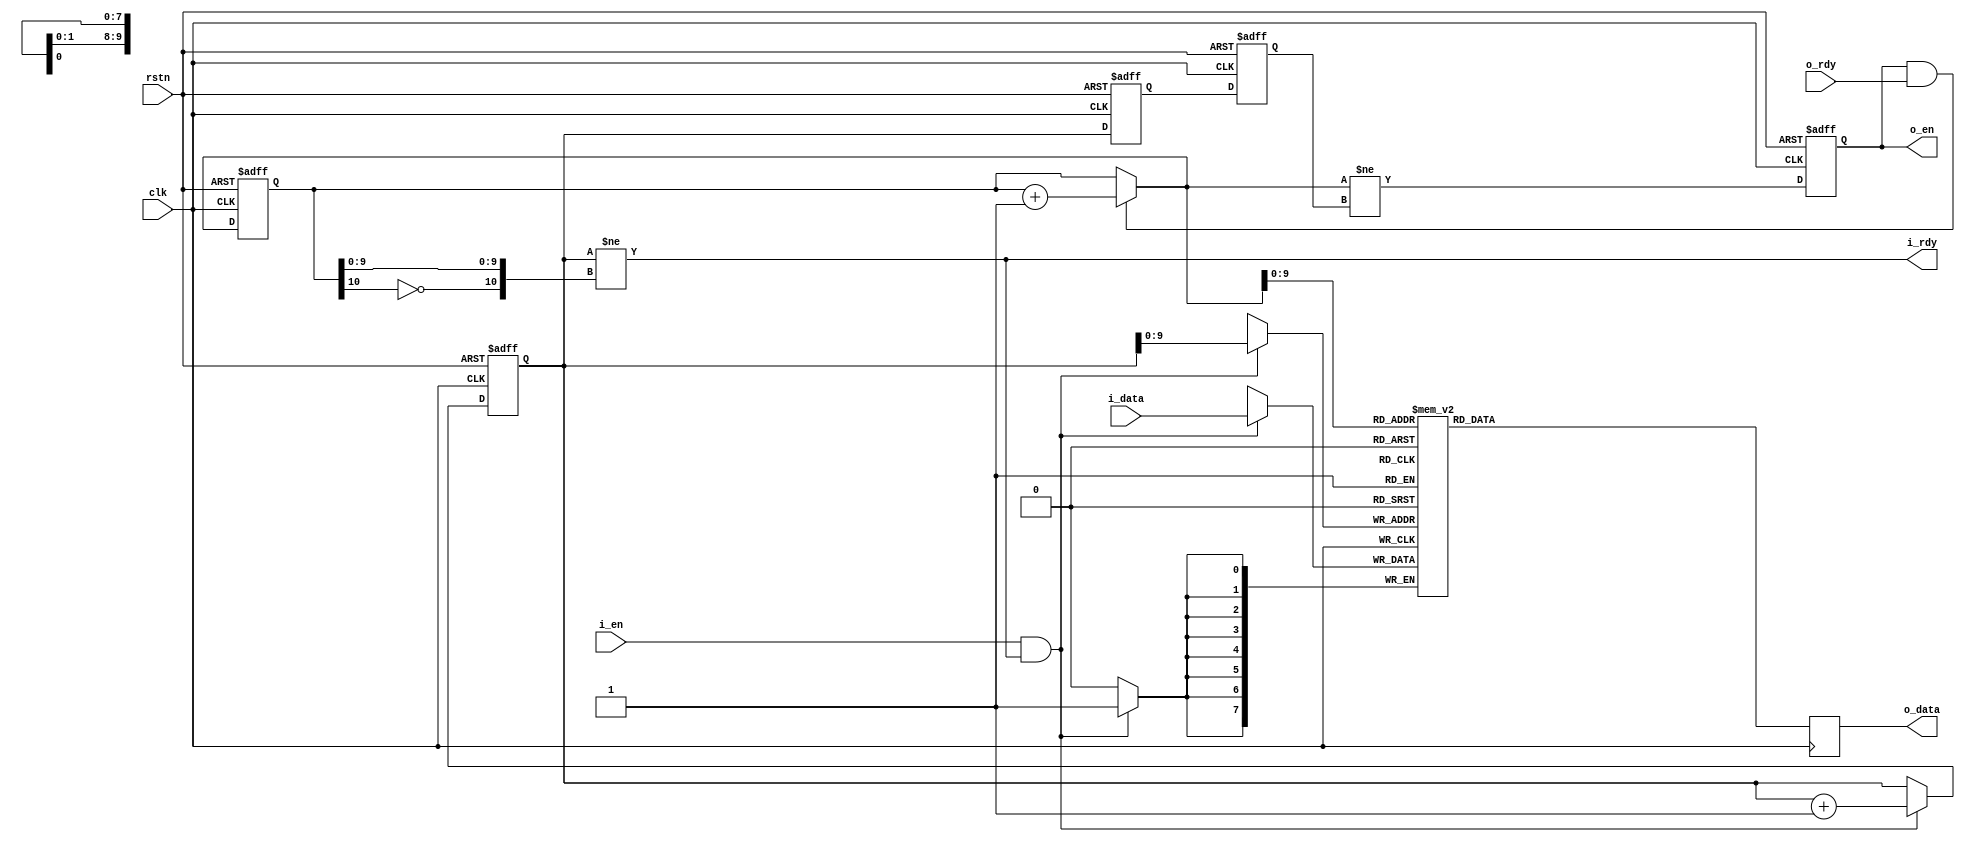

//--------------------------------------------------------------------------------------------------------
// Module  : fifo_sync
// Type    : synthesizable, IP's sub-module
// Standard: Verilog 2001 (IEEE1364-2001)
// Function: synchronous fifo
//--------------------------------------------------------------------------------------------------------

module fifo_sync #(
    parameter            DW = 8,     // bit width
    parameter            EA = 10     // 9:depth=512   10:depth=1024   11:depth=2048   12:depth=4096
) (
    input  wire          rstn,
    input  wire          clk,
    // input interface
    output wire          i_rdy,
    input  wire          i_en,
    input  wire [DW-1:0] i_data,
    // output interface
    input  wire          o_rdy,
    output reg           o_en,
    output reg  [DW-1:0] o_data
);



reg  [DW-1:0] buffer [ ((1<<EA)-1) : 0 ];

localparam [EA:0] A_ZERO = {{EA{1'b0}}, 1'b0};
localparam [EA:0] A_ONE  = {{EA{1'b0}}, 1'b1};

reg  [EA:0] wptr      = A_ZERO;
reg  [EA:0] wptr_d1   = A_ZERO;
reg  [EA:0] wptr_d2   = A_ZERO;
reg  [EA:0] rptr      = A_ZERO;
wire [EA:0] rptr_next = (o_en & o_rdy) ? (rptr+A_ONE) : rptr;



assign i_rdy = ( wptr != {~rptr[EA], rptr[EA-1:0]} );

always @ (posedge clk or negedge rstn)
    if (~rstn) begin
        wptr    <= A_ZERO;
        wptr_d1 <= A_ZERO;
        wptr_d2 <= A_ZERO;
    end else begin
        if (i_en & i_rdy)
            wptr <= wptr + A_ONE;
        wptr_d1 <= wptr;
        wptr_d2 <= wptr_d1;
    end

always @ (posedge clk)
    if (i_en & i_rdy)
        buffer[wptr[EA-1:0]] <= i_data;



always @ (posedge clk or negedge rstn)
    if (~rstn) begin
        rptr <= A_ZERO;
        o_en <= 1'b0;
    end else begin
        rptr <= rptr_next;
        o_en <= (rptr_next != wptr_d2);
    end

always @ (posedge clk)
    o_data <= buffer[rptr_next[EA-1:0]];


endmodule